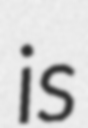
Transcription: is